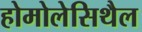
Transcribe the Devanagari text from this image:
होमोलेसिथैल